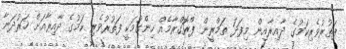
ފަތުރުވެރިކަމުގެ ދާއިރާއިން މިފަދަ ތަމްރީން ޕްރޮގްރާމެއް ހިންގުމަކީ ފަތުރުވެރި ކަމުގެ ދާއިރާއަށް ހަރުދަނާ